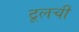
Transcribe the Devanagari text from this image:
टूलची